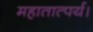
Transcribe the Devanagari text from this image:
महातात्पर्य।